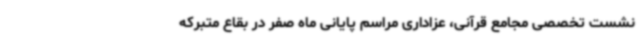
نشست تخصصی مجامع قرآنی، عزاداری مراسم پایانی ماه صفر در بقاع متبرکه